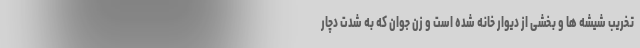
تخریب شیشه ها و بخشی از دیوار خانه شده است و زن جوان که به شدت دچار